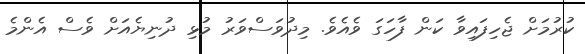
ކުރުމަށް ޖެހިފައިވާ ކަން ފާހަގަ ވެއެވެ. މިދުވަސްވަރު މުޅި ދުނިޔެއަށް ވެސް އެންމެ